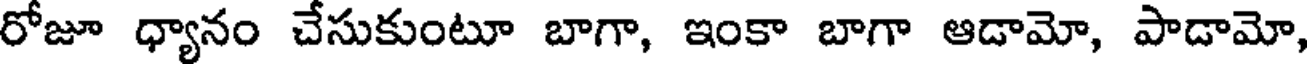
రోజూ ధ్యానం చేసుకుంటూ బాగా, ఇంకా బాగా ఆడామో, పాడామో,